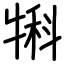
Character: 犐